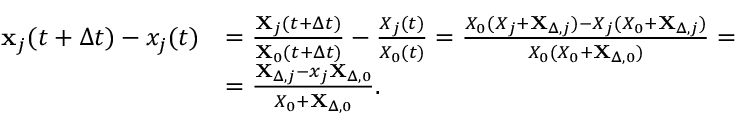
\begin{array} { r l } { \mathbf { x } _ { j } ( t + \Delta t ) - x _ { j } ( t ) } & { = \frac { \mathbf { X } _ { j } ( t + \Delta t ) } { \mathbf { X } _ { 0 } ( t + \Delta t ) } - \frac { X _ { j } ( t ) } { X _ { 0 } ( t ) } = \frac { X _ { 0 } ( X _ { j } + \mathbf { X } _ { \Delta , j } ) - X _ { j } ( X _ { 0 } + \mathbf { X } _ { \Delta , j } ) } { X _ { 0 } ( X _ { 0 } + \mathbf { X } _ { \Delta , 0 } ) } = } \\ & { = \frac { \mathbf { X } _ { \Delta , j } - x _ { j } \mathbf { X } _ { \Delta , 0 } } { X _ { 0 } + \mathbf { X } _ { \Delta , 0 } } . } \end{array}